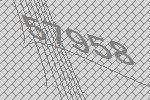
57958